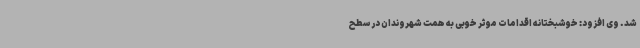
شد. وی افزود: خوشبختانه اقدامات موثر خوبی به همت شهروندان در سطح